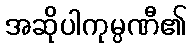
အဆိုပါကုမ္ပဏီ၏